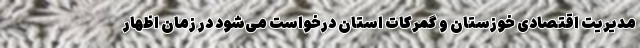
مدیریت اقتصادی خوزستان و گمرکات استان درخواست می‌شود در زمان اظهار